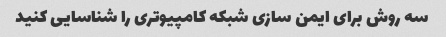
سه روش برای ایمن سازی شبکه کامپیوتری را شناسایی کنید